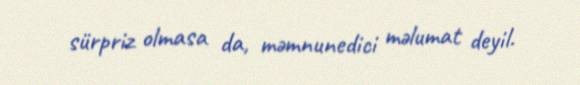
sürpriz olmasa da, məmnunedici məlumat deyil.